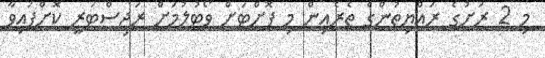
މި 2 ރަށުގެ ރައްޔިތުންގެ ތެރެއިން މި ފޮށްޓަށް ވޯޓުލުމަށް ރަޖިސްޓަރީ ކޮށްފައިވާ